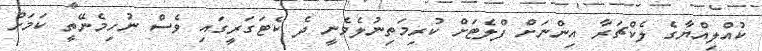
ކުއްލިއްޔާގެ ލެކްޗަރާ އިންނަށް ފްލެޓަށް ކުރިމަތިނުލެވެނީ ދެ ކެޓަގަރީގައި ވެސް ނުހިމެނޭތީ ކަމަށް